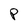
Character: P